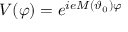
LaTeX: V ( \varphi ) = e ^ { i e M ( \vartheta _ { 0 } ) \varphi }